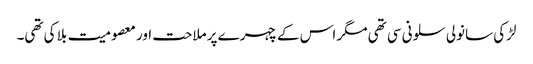
لڑکی سانولی سلونی سی تھی مگر اس کے چہرے پر ملاحت اور معصومیت بلا کی تھی۔